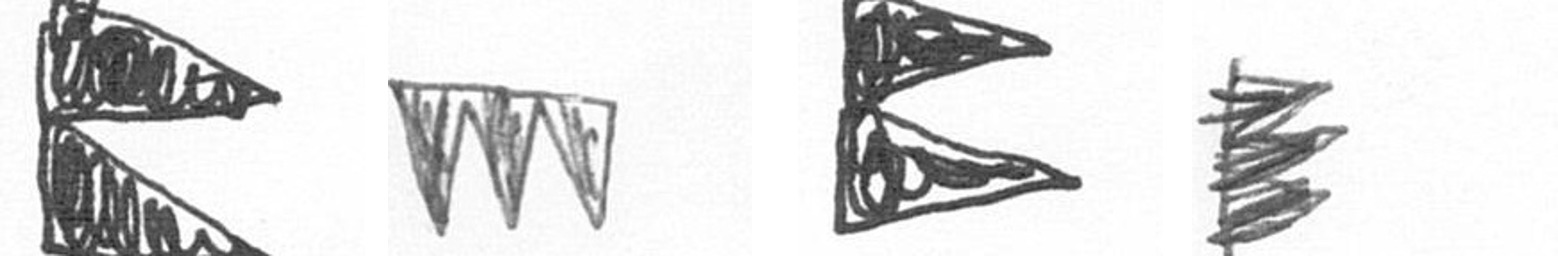
P L P H